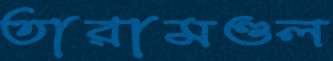
তারামণ্ডল